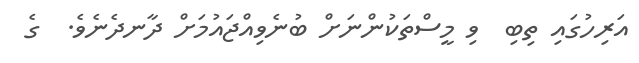
އަރިހުގައި ތިބި  ވި މީސްތަކުންނަށް ބުނެވިއްޖައުމަށް ދާނދެނެވެ.  ގެ